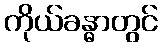
ကိုယ်ခန္ဓာတွင်